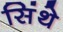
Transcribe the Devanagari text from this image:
सिंथे